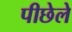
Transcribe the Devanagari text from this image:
पीछेले